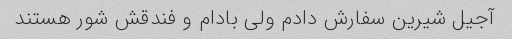
آجیل شیرین سفارش دادم ولی بادام و فندقش شور هستند